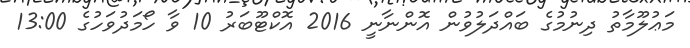
މަޢުލޫމާތު ދިނުމުގެ ބައްދަލުވުން އޮންނާނީ 2016 އޮކްޓޫބަރު 10 ވާ ހޯމަދުވަހުގެ 13:00